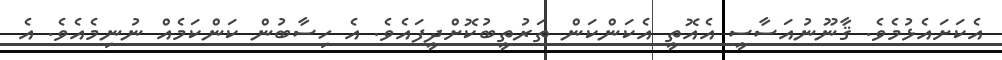
އެކަށައެޅުމެވެ. ޤާނޫނުއަސާސީ އެއޮތީ އެކަންކަން ތަރުތީބުކޮށްދީފައެވެ. އެ ހިސާބުން ކަންކަމެއް ނުނިމެއެވެ. އެ